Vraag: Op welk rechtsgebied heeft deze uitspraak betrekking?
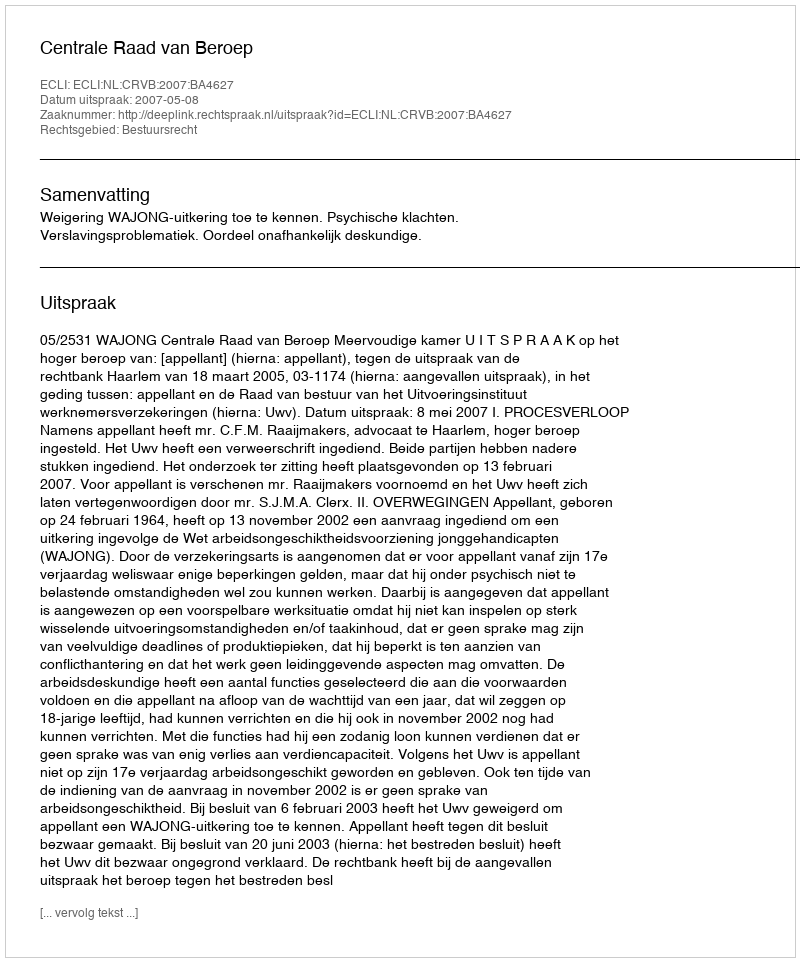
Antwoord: Bestuursrecht